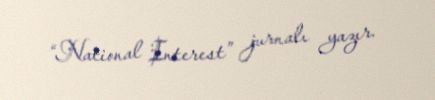
“National Interest” jurnalı yazır.